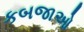
કબજાઓ